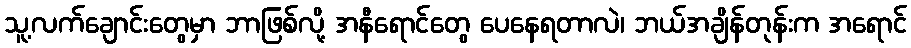
သူ့လက်ချောင်းတွေမှာ ဘာဖြစ်လို့ အနီရောင်တွေ ပေနေရတာလဲ၊ ဘယ်အချိန်တုန်းက အရောင်